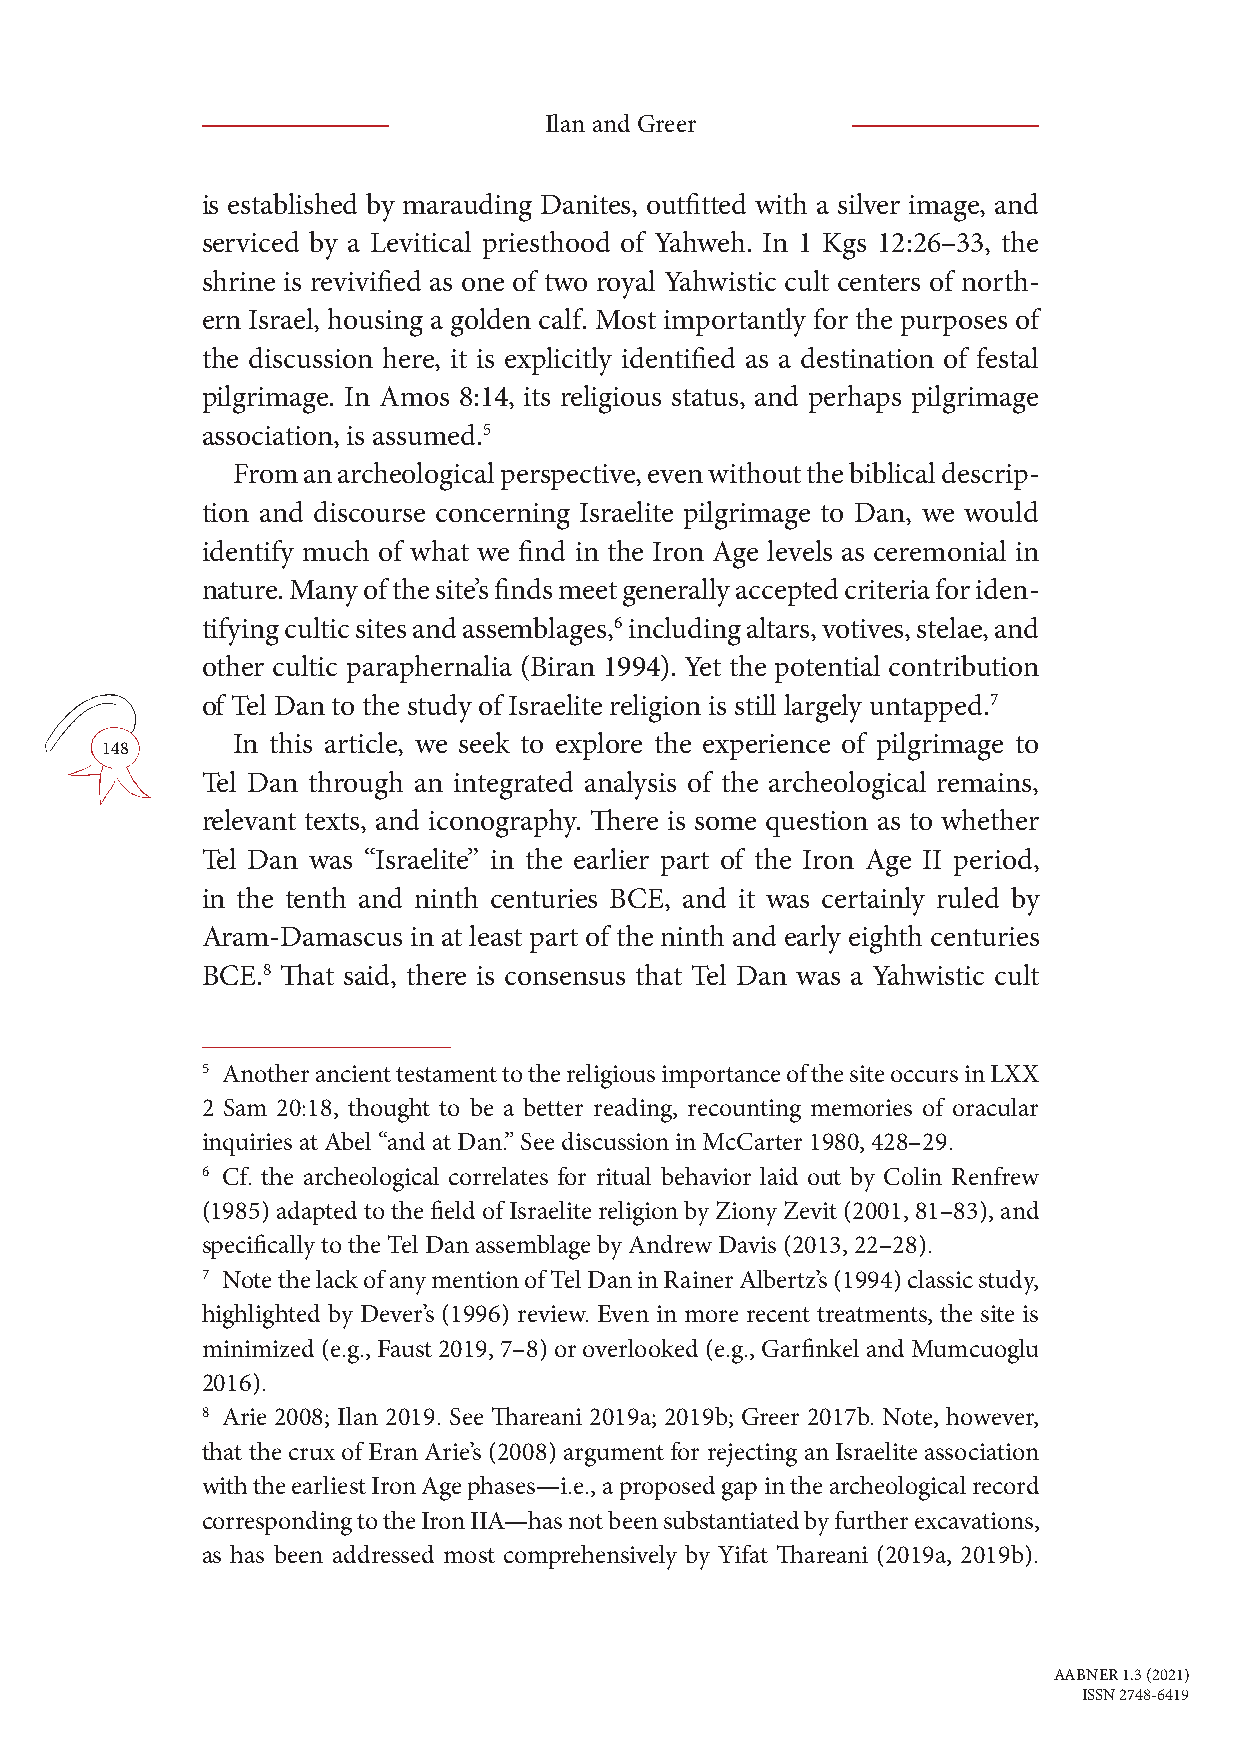
Ilan and Greer
 is established by marauding Danites, outfitted with a silver image, and
 serviced by a Levitical priesthood of Yahweh. In 1 Kgs 12:26–33, the
 shrine is revivified as one of two royal Yahwistic cult centers of north-
 ern Israel, housing a golden calf. Most importantly for the purposes of
 the discussion here, it is explicitly identified as a destination of festal
 pilgrimage. In Amos 8:14, its religious status, and perhaps pilgrimage
 association, is assumed.5
 From an archeological perspective, even without the biblical descrip-
 tion and discourse concerning Israelite pilgrimage to Dan, we would
 identify much of what we find in the Iron Age levels as ceremonial in
 nature. Many of the site’s finds meet generally accepted criteria for iden-
 tifying cultic sites and assemblages,6 including altars, votives, stelae, and
 other cultic paraphernalia (Biran 1994). Yet the potential contribution
 of Tel Dan to the study of Israelite religion is still largely untapped.7
 In this article, we seek to explore the experience of pilgrimage to
 148
 Tel Dan through an integrated analysis of the archeological remains,
 relevant texts, and iconography. There is some question as to whether
 Tel Dan was “Israelite” in the earlier part of the Iron Age II period,
 in the tenth and ninth centuries BCE, and it was certainly ruled by
 Aram-Damascus in at least part of the ninth and early eighth centuries
 BCE.8 That said, there is consensus that Tel Dan was a Yahwistic cult
 5 Another ancient testament to the religious importance of the site occurs in LXX
 2 Sam 20:18, thought to be a better reading, recounting memories of oracular
 inquiries at Abel “and at Dan.” See discussion in McCarter 1980, 428–29.
 6 Cf. the archeological correlates for ritual behavior laid out by Colin Renfrew
 (1985) adapted to the field of Israelite religion by Ziony Zevit (2001, 81–83), and
 specifically to the Tel Dan assemblage by Andrew Davis (2013, 22–28).
 7 Note the lack of any mention of Tel Dan in Rainer Albertz’s (1994) classic study,
 highlighted by Dever’s (1996) review. Even in more recent treatments, the site is
 minimized (e.g., Faust 2019, 7–8) or overlooked (e.g., Garfinkel and Mumcuoglu
 2016).
 8 Arie 2008; Ilan 2019. See Thareani 2019a; 2019b; Greer 2017b. Note, however,
 that the crux of Eran Arie’s (2008) argument for rejecting an Israelite association
 with the earliest Iron Age phases—i.e., a proposed gap in the archeological record
 corresponding to the Iron IIA—has not been substantiated by further excavations,
 as has been addressed most comprehensively by Yifat Thareani (2019a, 2019b).
 AABNER 1.3 (2021)
 ISSN 2748-6419